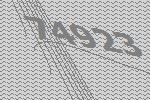
74923